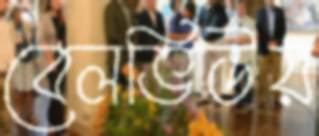
বেলভিউয়